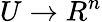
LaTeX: U\to R^{n}